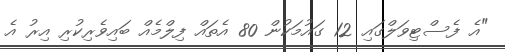
"އެ ފެސްޓިވަލްގައި 12 ގައުމަކުން 80 އެތައް ފިލްމެއް ބައިވެރިކުރި އިރު އެ